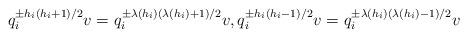
LaTeX: \begin{align*}q_i^{\pm h_i(h_i+1)/2}v=q_i^{\pm \lambda(h_i)(\lambda(h_i)+1)/2}v,q_i^{\pm h_i(h_i-1)/2}v=q_i^{\pm \lambda(h_i)(\lambda(h_i)-1)/2}v\end{align*}